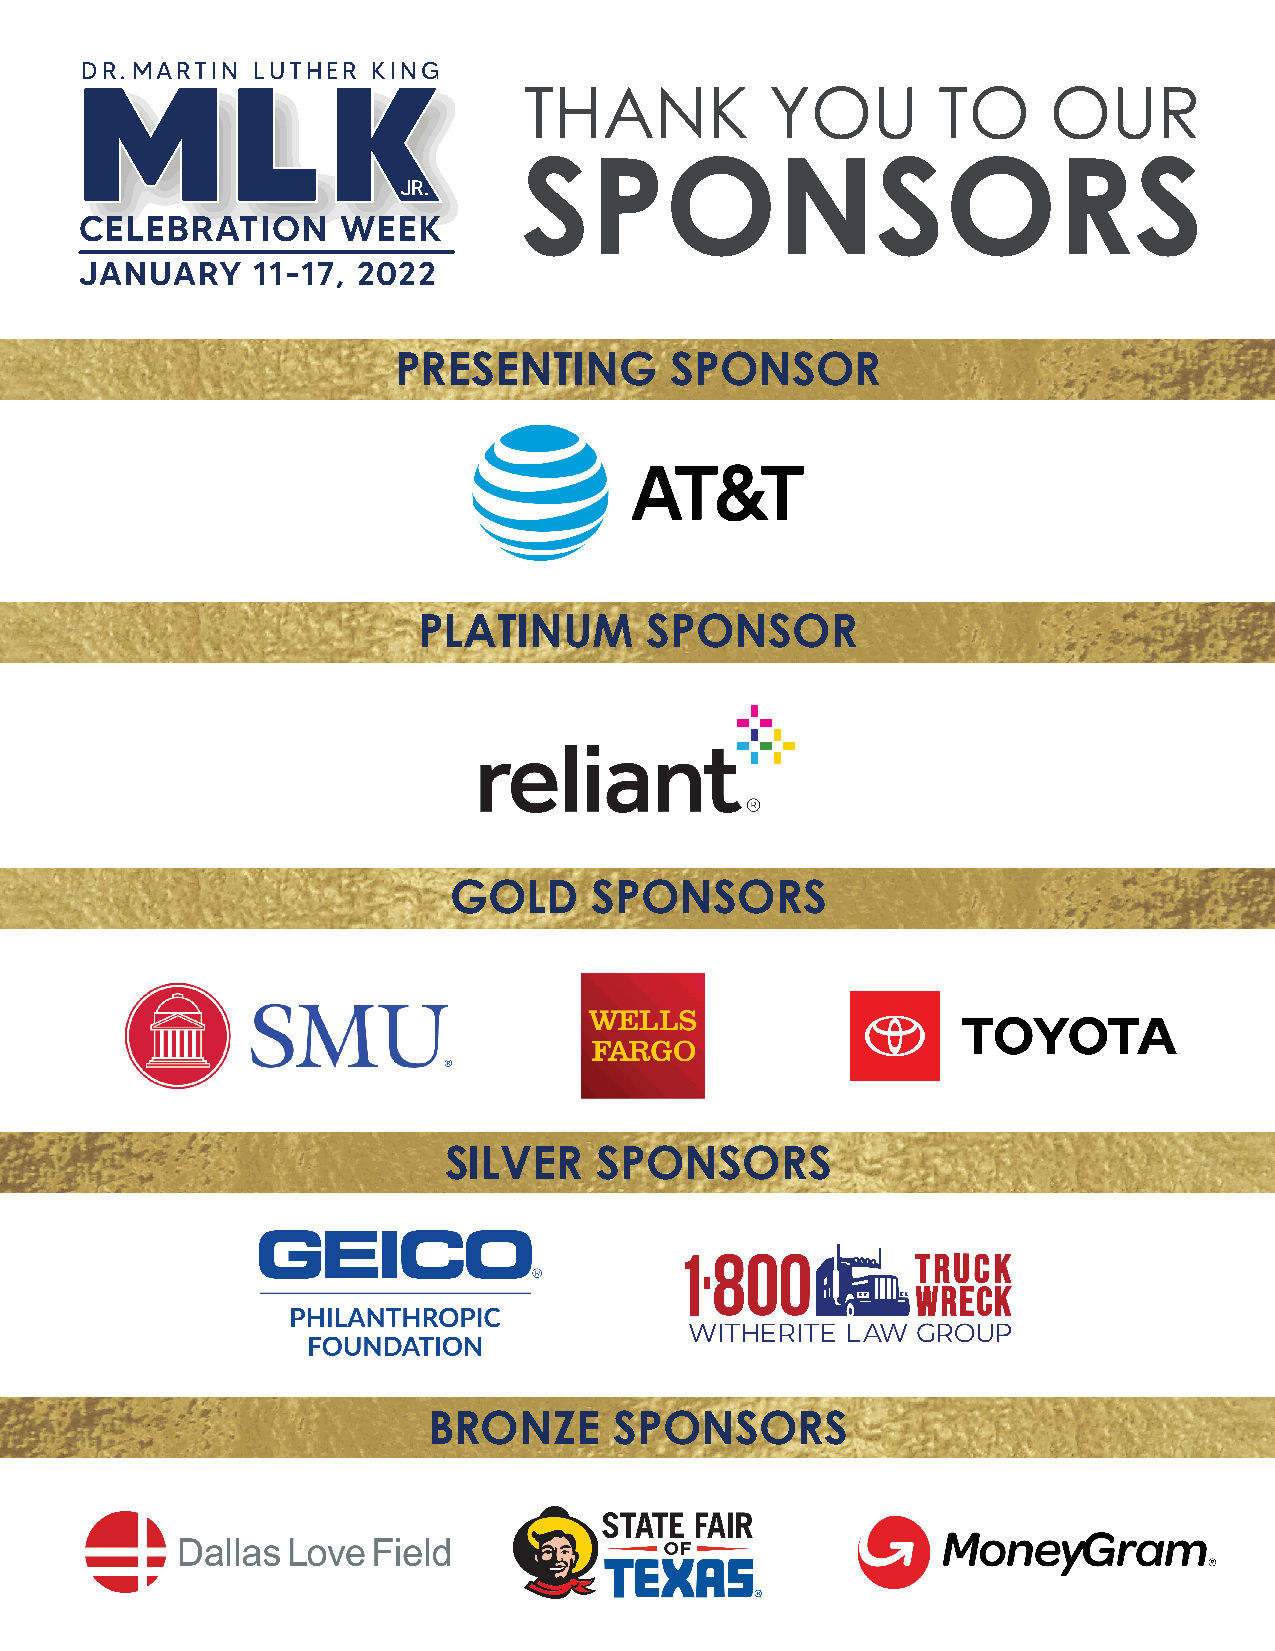
DR. MARTIN  LUTHER  KING
 THANK           YOU        TO     OUR
 SPONSORS
 JR.
 CELEBRATION       WEEK
 JANUARY     11-17, 2022
 PRESENTING        SPONSOR
 PLATINUM       SPONSOR
 GOLD     SPONSORS
 SILVER     SPONSORS
 BRONZE       SPONSORS